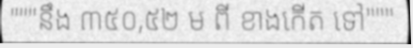
"""នឹង ៣៥០,៥២ ម ពី ខាងកើត ទៅ"""